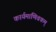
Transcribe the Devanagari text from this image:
कार्यमाणिवकम्